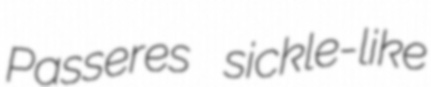
Passeres sickle-like